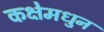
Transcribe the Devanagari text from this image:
कक्षेमधुन